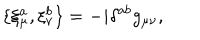
\{ \xi _ { \mu } ^ { a } , \xi _ { \nu } ^ { b } \} = - i \delta ^ { a b } g _ { \mu \nu } ,